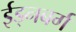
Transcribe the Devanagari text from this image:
ईड्नबर्ग